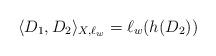
LaTeX: \begin{align*}\langle D_{1}, D_{2}\rangle_{X, \ell_{w}}=\ell_{w} (h(D_{2}))\end{align*}